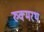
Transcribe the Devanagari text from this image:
रुक्मरथ